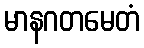
မာနဂတမေတံ